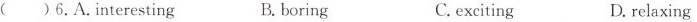
( ) 6. A.Interesting B. boring C.exciting D. relaxing